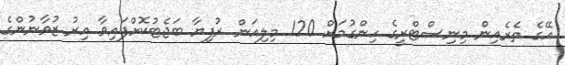
އޭގެ ތެރެއިން މިނިސްޓްރީގެ ހިންގުމަށް 120 މިލިއަން ރުފިޔާ ބަޖެޓުކޮށްފައިވާ އިރު ޒުވާނުންގެ